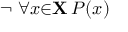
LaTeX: \lnot \ \forall { x } { \in } \mathbf { X } \, P ( x )